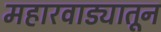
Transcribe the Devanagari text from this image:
महारवाड्यातून